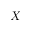
X